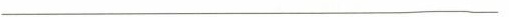
___